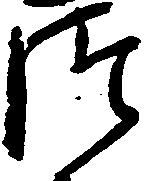
つ